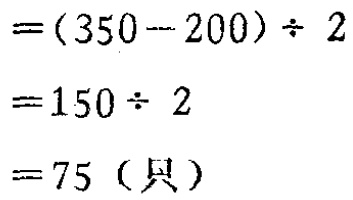
\[

\begin{align*}

&=(350 - 200)\div2\\

&=150\div2\\

&=150\div2\\

&=75 (\text{只})

\end{align*}

\]